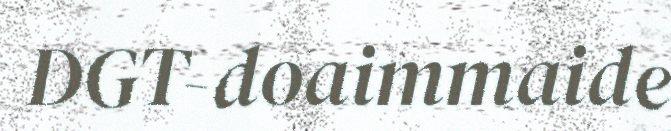
DGT-doaimmaide